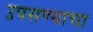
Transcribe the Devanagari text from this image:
उपसण्याचा